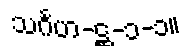
သင်္ဂဟ-ဋ္ဌ-၁-၁။